Annual report on the Civil Veterinary Department, Burma (including the Insein Veterinary School) - 1932-1941
Year: 1932
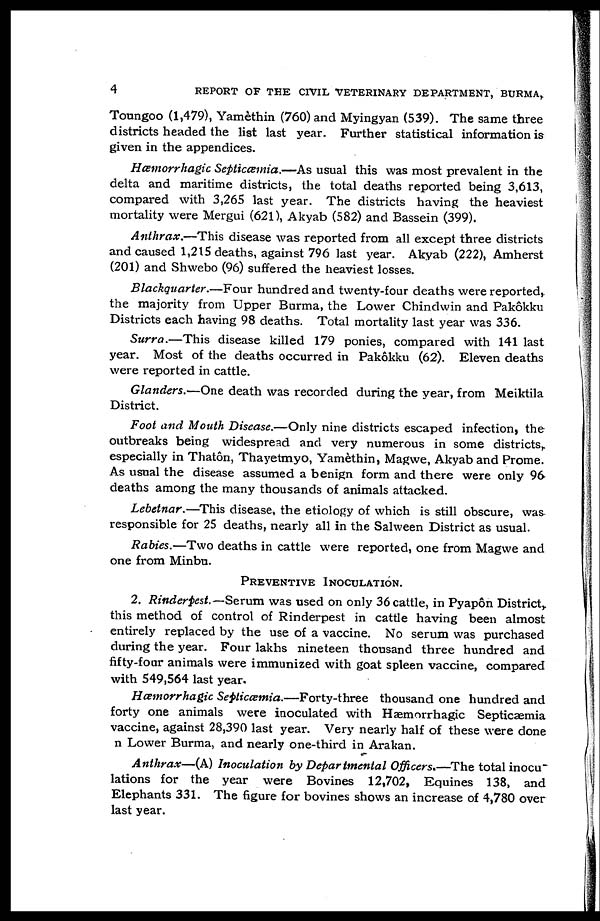
4
REPORT OF THE CIVIL VETERINARY DEPARTMENT, BURMA,
Toungoo (1,479), Yamèthin (760) and Myingyan (539). The same three
districts headed the list last year. Further statistical information is
given in the appendices.
Hæmorrhagic Septicæmia.—As usual this was most prevalent in the
delta and maritime districts, the total deaths reported being 3,613,
compared with 3,265 last year. The districts having the heaviest
mortality were Mergui (621), Akyab (582) and Bassein (399).
Anthrax.—This disease was reported from all except three districts
and caused 1,215 deaths, against 796 last year. Akyab (222), Amherst
(201) and Shwebo (96) suffered the heaviest losses.
Blackquarter.—Four hundred and twenty-four deaths were reported,
the majority from Upper Burma, the Lower Chindwin and Pakôkku
Districts each having 98 deaths. Total mortality last year was 336.
Surra.—This disease killed 179 ponies, compared with 141 last
year. Most of the deaths occurred in Pakôkku (62). Eleven deaths
were reported in cattle.
Glanders.—One death was recorded during the year, from Meiktila
District.
Foot and Mouth Disease.—Only nine districts escaped infection, the
outbreaks being widespread and very numerous in some districts,
especially in Thatôn, Thayetmyo, Yamèthin, Magwe, Akyab and Prome.
As usual the disease assumed a benign form and there were only 96
deaths among the many thousands of animals attacked.
Lebetnar.—This disease, the etiology of which is still obscure, was
responsible for 25 deaths, nearly all in the Salween District as usual.
Rabies.—Two deaths in cattle were reported, one from Magwe and
one from Minbu.
PREVENTIVE INOCULATION.
2. Rinderpest.—Serum was used on only 36 cattle, in Pyapôn District,
this method of control of Rinderpest in cattle having been almost
entirely replaced by the use of a vaccine. No serum was purchased
during the year. Four lakhs nineteen thousand three hundred and
fifty-four animals were immunized with goat spleen vaccine, compared
with 549,564 last year.
Hæmorrhagic Septiæmia.—Forty-three
thousand one hundred and
forty one animals were inoculated with Hæmorrhagic Septicæmia
vaccine, against 28,390 last year. Very nearly half of these were done
n Lower Burma, and nearly one-third in Arakan.
Anthrax—(A) Inoculation by Departmental Officers.—The total inocu-
lations for the year were Bovines 12,702, Equines 138, and
Elephants 331. The figure for bovines shows an increase of 4,780 over
last year.